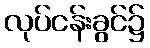
လုပ်ငန်းခွင်၌